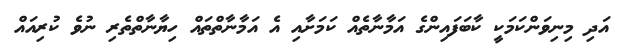
އަދި މިނިވަންކަމަކީ ކާބަފައިންގެ އަމާނާތެއް ކަމަށާއި އެ އަމާނާތްތައް ހިޔާނާތްތެރި ނުވެ ކުރިއައް